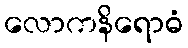
လောကနိရောဓံ